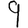
Digit: 9